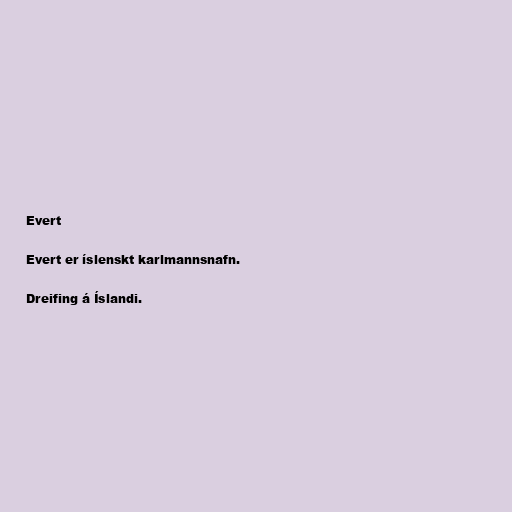
Evert

Evert er íslenskt karlmannsnafn.

Dreifing á Íslandi.